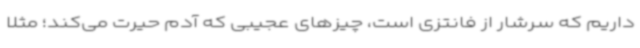
داریم که سرشار از فانتزی است، چیزهای عجیبی که آدم حیرت می‌کند؛ مثلا